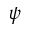
\psi